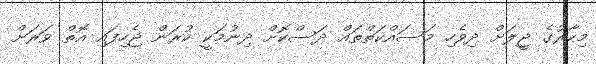
މިހާރުގެ ޖީލަށް ދިވެހި މަސައްކަތްތައް ދަސްކޮށް ދިނުމަކީ ކުރަން ޖެހިފައި އޮތް ވަރަށް